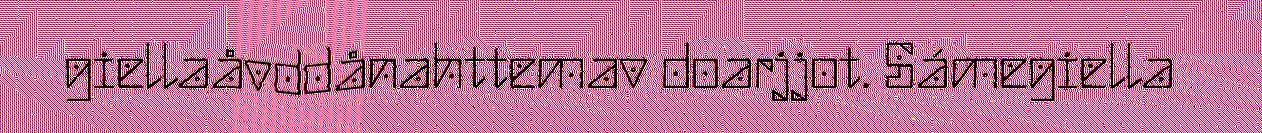
giellaåvddånahttemav doarjjot. Sámegiella